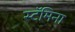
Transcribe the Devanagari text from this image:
स्टॅमिना